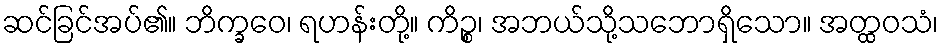
ဆင်ခြင်အပ်၏။ ဘိက္ခဝေ၊ ရဟန်းတို့။ ကိဉ္စ၊ အဘယ်သို့သဘောရှိသော။ အတ္ထဝသံ၊